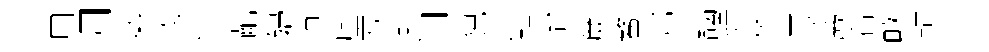
用月倚寬愤齔婦垣廑方澣汩猊鯉冶簾鳌邦謁竚賛零蕨着畞軻